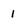
Character: 1